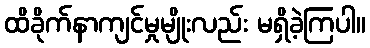
ထိခိုက်နာကျင်မှုမျိုးလည်း မရှိခဲ့ကြပါ။